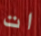
ات